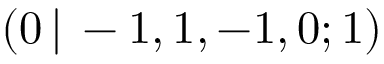
( 0 \, | \, - 1 , 1 , - 1 , 0 ; 1 )